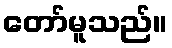
တော်မူသည်။